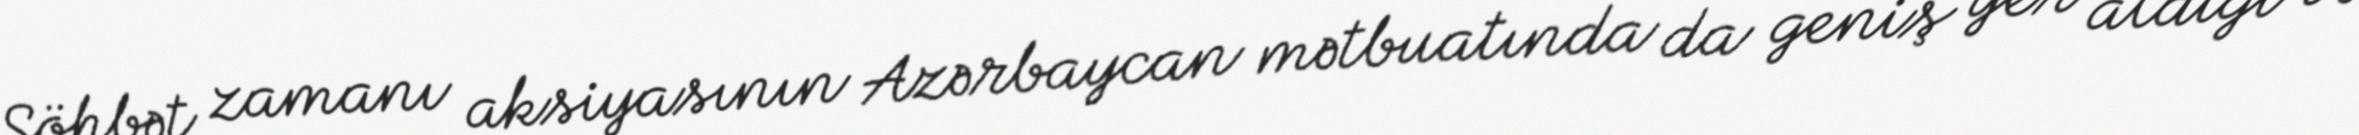
Söhbət zamanı aksiyasının Azərbaycan mətbuatında da geniş yer aldığı və